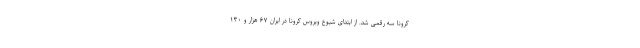
کرونا سه رقمی شد. از ابتدای شیوع ویروس کرونا در ایران ۶۷ هزار و ۱۳۰